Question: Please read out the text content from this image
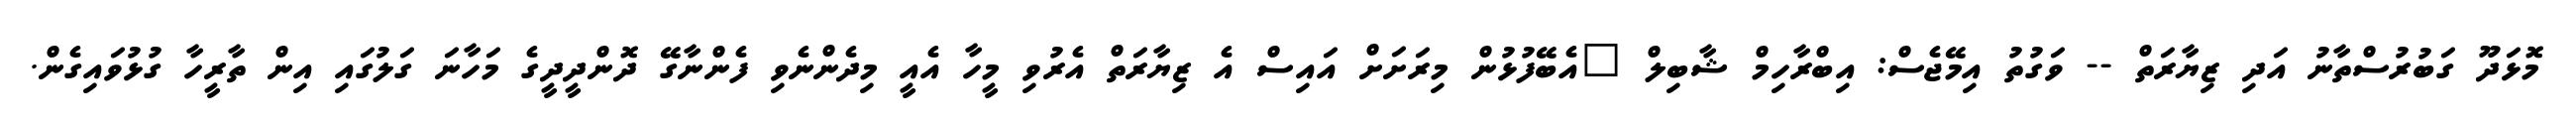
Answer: މޮޅަދޫ ގަބުރުސްތާނު އަދި ޒިޔާރަތް -- ވަގުތު އިމޭޖެސް: އިބްރާހިމް ޝާބިލް "އެބޭފުޅުން މިރަށަށް އައިސް އެ ޒިޔާރަތް އެރުވި މީހާ އެއީ މިދެންނެވި ފެންނާގޭ ދޮންދީދީގެ މަހާނަ ގަލުގައި އިން ތާރީހާ ގުޅުވައިގެން.